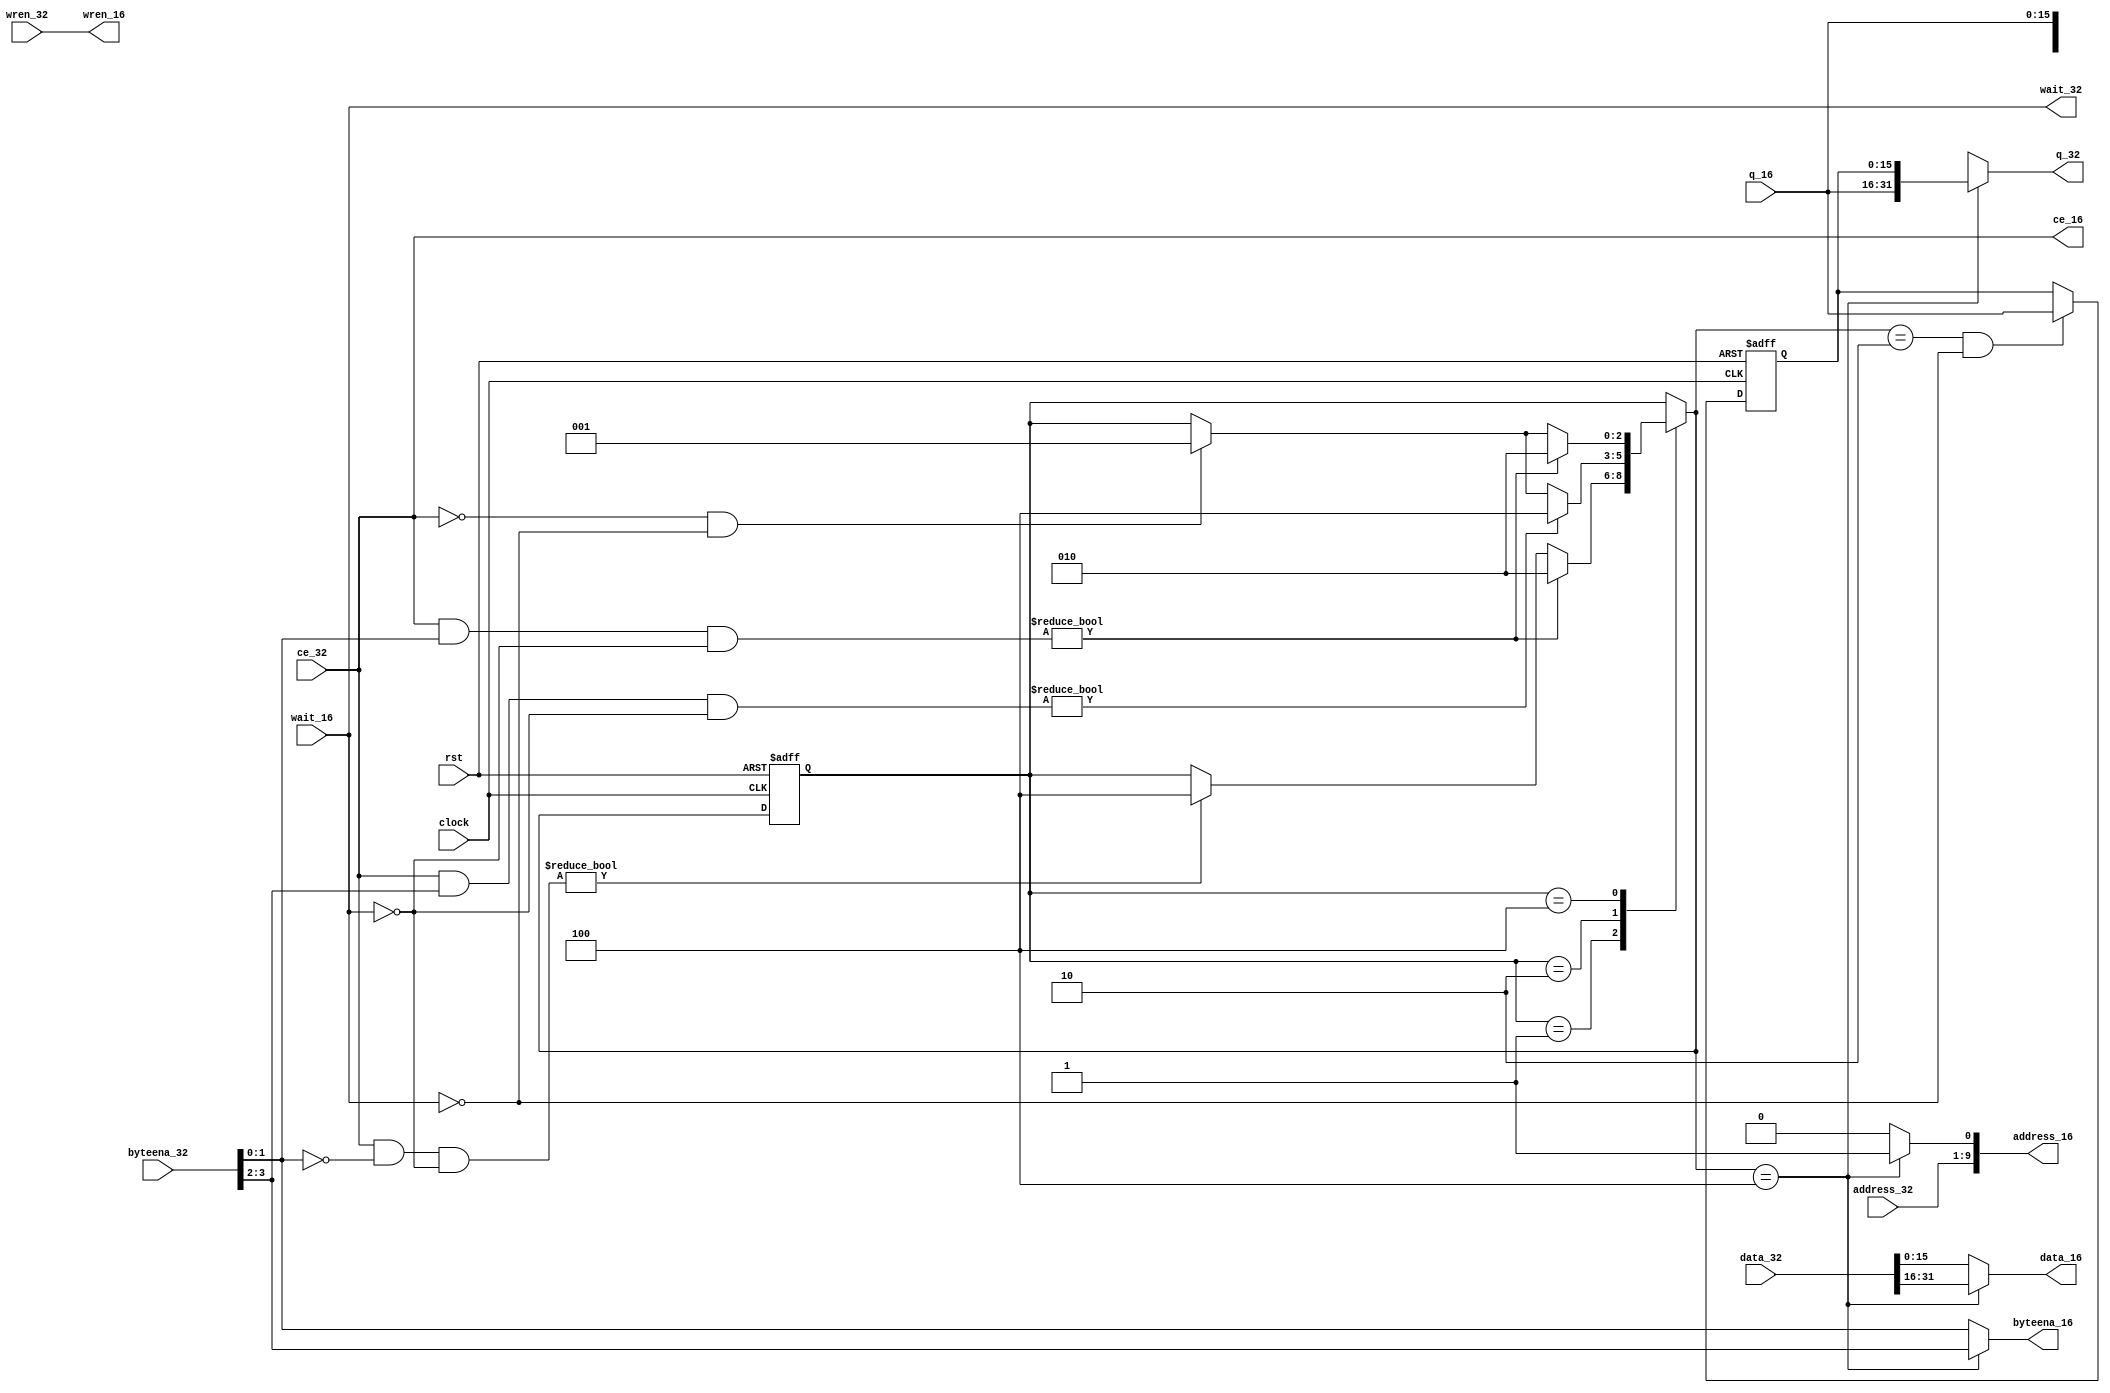
`define STAGE_IDLE 3'b001
`define STAGE_LOW  3'b010
`define STAGE_HIGH 3'b100
module sram_conv_32_16(
    rst,
    clock,
    /****bus signal******/
    address_32,
    byteena_32,
    data_32,
    wren_32,
    ce_32,
    q_32,
    wait_32,
    /*****ram signal*****/
    address_16,
    byteena_16,
    data_16,
    wren_16,
    ce_16,
    q_16,
    wait_16,
    );
    input rst;
	input    clock;
    /****bus signal******/
    input	[8:0]  address_32;
	input	[3:0]  byteena_32;
	input	[31:0]  data_32;
	input	  wren_32;
	input   ce_32;
	output	[31:0]  q_32;
	output wait_32;
    /*****ram signal*****/
    output	[9:0]  address_16;
	output	[1:0]  byteena_16;
	output	[15:0]  data_16;
	output	  wren_16;
	output   ce_16;
	input	[15:0]  q_16;
	input wait_16;

    reg [31:0] q_32;
    reg [15:0] data_16;
    reg [1:0] byteena_16;
    reg [9:0] address_16;

	reg [2:0] stage_next;
	reg [2:0] stage;
	reg [15:0] q_buf;

    always @(*)
        if(stage_next==`STAGE_HIGH) 
            address_16={address_32[8:0],1'b1};
        else
            address_16={address_32[8:0],1'b0};
    always @(*)
        if(stage_next==`STAGE_HIGH)
            byteena_16=byteena_32[3:2];
        else
            byteena_16=byteena_32[1:0];
    always @(*)
        if(stage_next==`STAGE_HIGH)
            data_16=data_32[31:16];
        else
            data_16=data_32[15:0];
    always @(*)
        if(stage_next==`STAGE_HIGH)
            q_32={q_16,q_buf};
        else
            q_32={16'bX,q_16};
    always @(posedge clock or posedge rst)
        if(rst)
            q_buf<={16{1'b0}};
        else if(stage_next==`STAGE_LOW&&~wait_16)
            q_buf<=q_16;
        else;
        
    assign wren_16=wren_32;
    assign ce_16=ce_32;
    assign wait_32=wait_16;

    always @(*)
        case(stage)
        `STAGE_IDLE:
            if(ce_32&byteena_32[1:0]&~wait_16)
                stage_next=`STAGE_LOW;
            else if(ce_32&~byteena_32[1:0]&~wait_16)
                stage_next=`STAGE_HIGH;
            else
                stage_next=stage;
        `STAGE_LOW:
            if(ce_32&byteena_32[3:2]&~wait_16)
                stage_next=`STAGE_HIGH;
            else if(~ce_16&~wait_16)
                stage_next=`STAGE_IDLE;
            else
                stage_next=stage;
        `STAGE_HIGH:
            if(ce_32&byteena_32[1:0]&~wait_16)
                stage_next=`STAGE_LOW;
            else if(~ce_16&~wait_16)
                stage_next=`STAGE_IDLE;
            else
                stage_next=stage;
        default:
            stage_next=stage;
        endcase

    always @(posedge clock or posedge rst)
        if(rst)
            stage<=`STAGE_IDLE;
        else
            stage<=stage_next;
endmodule